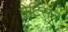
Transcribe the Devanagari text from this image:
मेटिसन